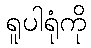
ရူပါရုံကို